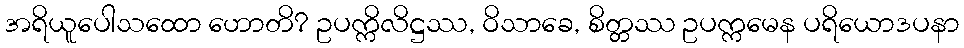
အရိယူပေါသထော ဟောတိ? ဥပက္ကိလိဋ္ဌဿ, ဝိသာခေ, စိတ္တဿ ဥပက္ကမေန ပရိယောဒပနာ